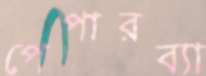
পেপারব্যা